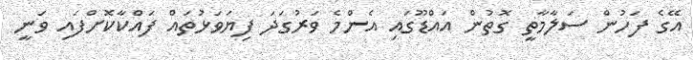
އޭގެ ފަހުން ސަލާމާތީ ގޮތުން އައްޑޫގައި އެންމެ ވަރުގަދަ ފިޔަވަޅުތައް ފައްކާކޮށްފައި ވަނީ